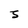
Character: S